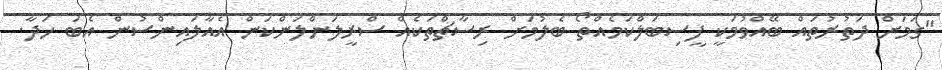
"ގަމަށް ދަތުރުތައް ބޭއްވުމަކީ ފީސިބަލްކަމެއްތޯ ބެލުމަށް ރިސާޗްތަކެއް ސްރީލަންލަންކަން އެއާލައިންސުން އެބަ ހަދާ.